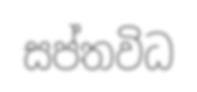
සප්තවිධ